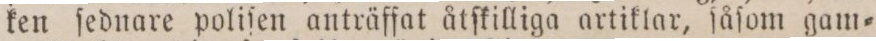
ken ſednare poliſen anträffat åtſkilliga artiklar, ſåſom gam=